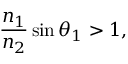
{ \frac { n _ { 1 } } { n _ { 2 } } } \sin \theta _ { 1 } > 1 ,